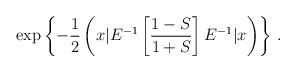
LaTeX: \begin{align*}\exp \left\{{-\frac{1}{2}\left(x | E^{-1} \left[ \frac{1 - S}{1 + S} \right]E^{-1} | x\right)}\right\} \,.\end{align*}